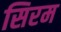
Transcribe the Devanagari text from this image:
सिरम